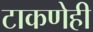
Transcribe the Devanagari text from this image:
टाकणेही